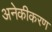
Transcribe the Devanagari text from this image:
अनेकीकरण